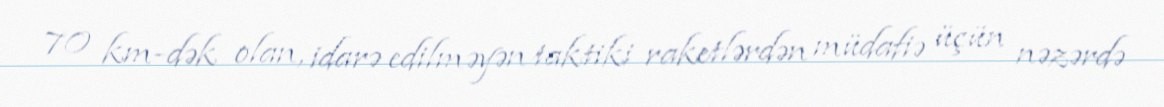
70 km-dək olan, idarə edilməyən taktiki raketlərdən müdafiə üçün nəzərdə